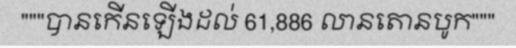
"""បានកើនឡើងដល់ 61,886 លានតោនបូក"""